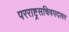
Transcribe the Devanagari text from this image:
परराष्ट्रसचिवपदावर